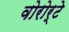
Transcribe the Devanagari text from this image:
वोरोर्टे